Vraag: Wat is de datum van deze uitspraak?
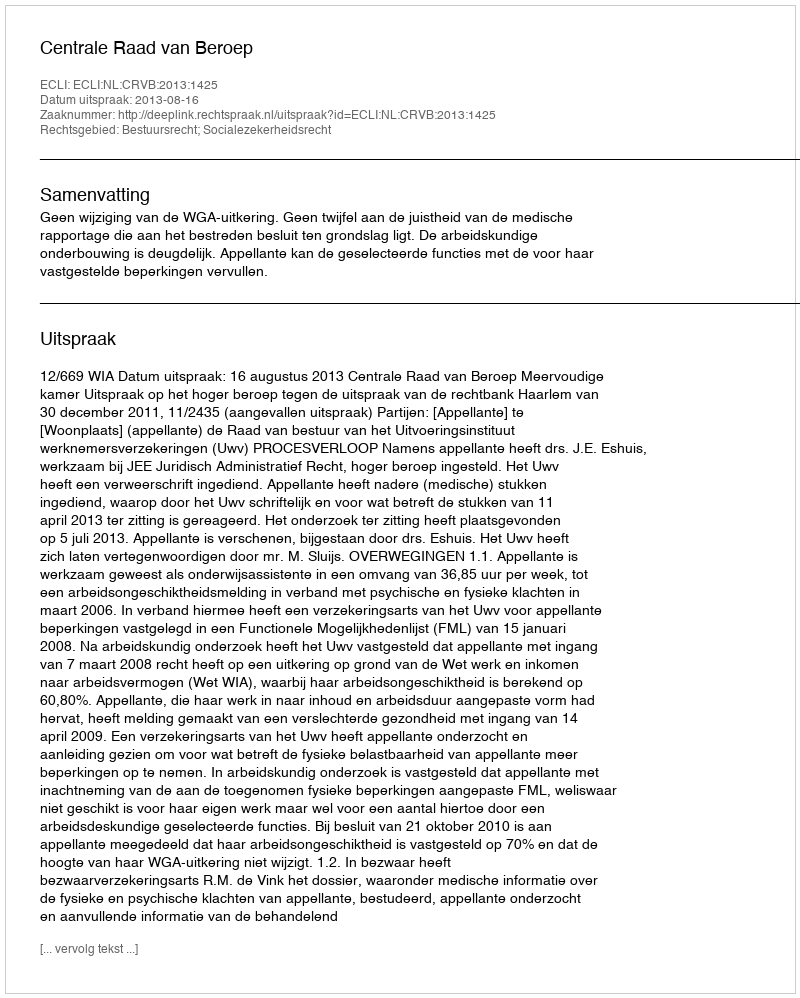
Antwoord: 2013-08-16